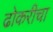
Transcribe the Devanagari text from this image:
ढोकरीचा